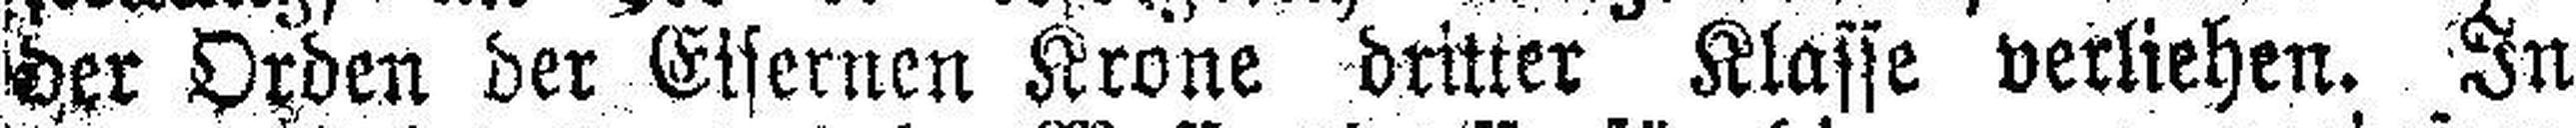
der Orden der Eisernen Krone dritter Klasse verliehen. In